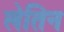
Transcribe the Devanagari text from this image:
लेतिन